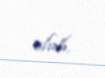
olub.